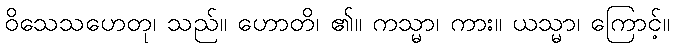
ဝိသေသဟေတု၊ သည်။ ဟောတိ၊ ၏။ ကသ္မာ၊ ကား။ ယသ္မာ၊ ကြောင့်။